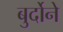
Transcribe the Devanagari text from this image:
बुर्दोने